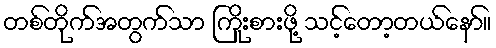
တစ်တိုက်အတွက်သာ ကြိုးစားဖို့ သင့်တော့တယ်နော်။